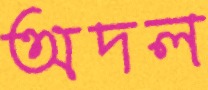
অদল